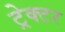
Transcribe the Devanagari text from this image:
ट्रेक्‍टर